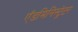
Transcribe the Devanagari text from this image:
ऍडमिनिस्ट्रेटर